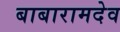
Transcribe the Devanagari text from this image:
बाबारामदेव